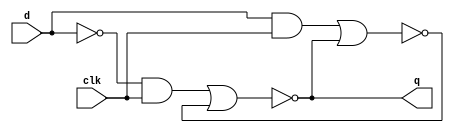
module latch_dataflow(
    input d,
    output q,
    input clk
    );
    
        wire S;
        wire R;
        wire qb;
    
        assign #1 S=~d&clk;
        assign #1 R=d&clk;
        assign #2 qb=~(R|q);
        assign #2 q=~(S|qb);
    
endmodule